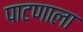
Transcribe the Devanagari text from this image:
पाटणाला